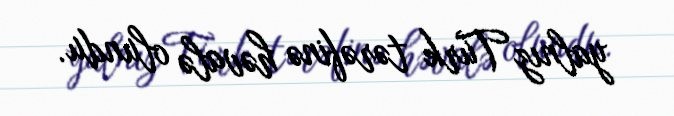
yalnız Türk tərəfinə həvalə olundu.